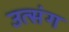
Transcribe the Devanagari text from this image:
उत्संग